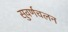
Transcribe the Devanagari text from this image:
सुवर्णचलन